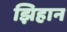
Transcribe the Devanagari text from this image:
झिहान